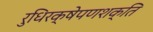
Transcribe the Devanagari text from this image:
रुधिरक्षेपणशक्ति